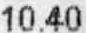
10.40